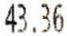
43.36